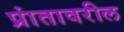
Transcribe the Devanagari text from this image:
प्रांतावरील